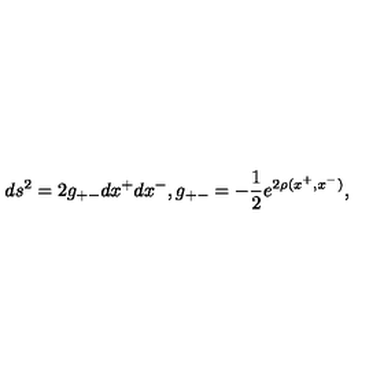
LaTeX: d s ^ { 2 } = 2 g _ { + - } d x ^ { + } d x ^ { - } , g _ { + - } = - \frac { 1 } { 2 } e ^ { 2 \rho ( x ^ { + } , x ^ { - } ) } ,